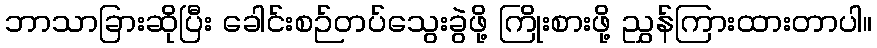
ဘာသာခြားဆိုပြီး ခေါင်းစဉ်တပ်သွေးခွဲဖို့ ကြိုးစားဖို့ ညွှန်ကြားထားတာပါ။